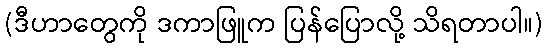
(ဒီဟာတွေကို ဒကာဖြူက ပြန်ပြောလို့ သိရတာပါ။)